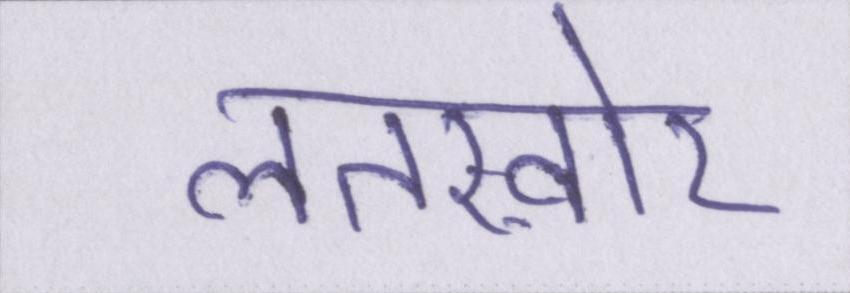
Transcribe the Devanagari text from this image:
लतख़ोर